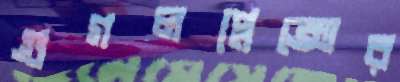
গুগলপ্লেক্সের